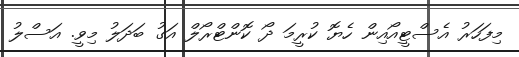
މިފަހަރު އެސްޓީއޯއިން ހެޔޮ ކުރީމަ ދޯ ކޮންޓްރޯލް އަގު ބަދަލު މިވީ. އަސްލު